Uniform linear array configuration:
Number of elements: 48
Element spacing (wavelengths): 0.25
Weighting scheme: cosine
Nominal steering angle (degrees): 30
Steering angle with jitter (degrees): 31.491
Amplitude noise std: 0.05
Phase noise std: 0.05

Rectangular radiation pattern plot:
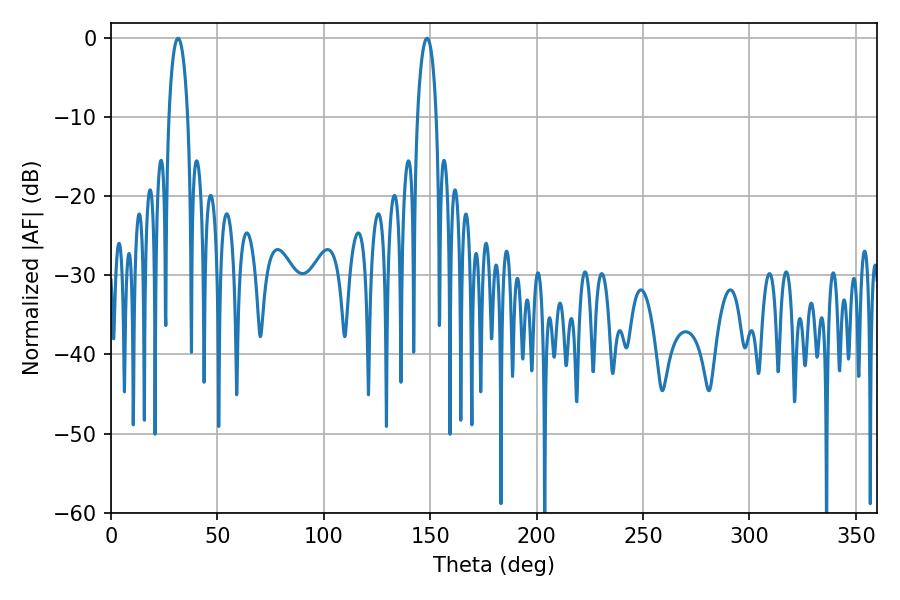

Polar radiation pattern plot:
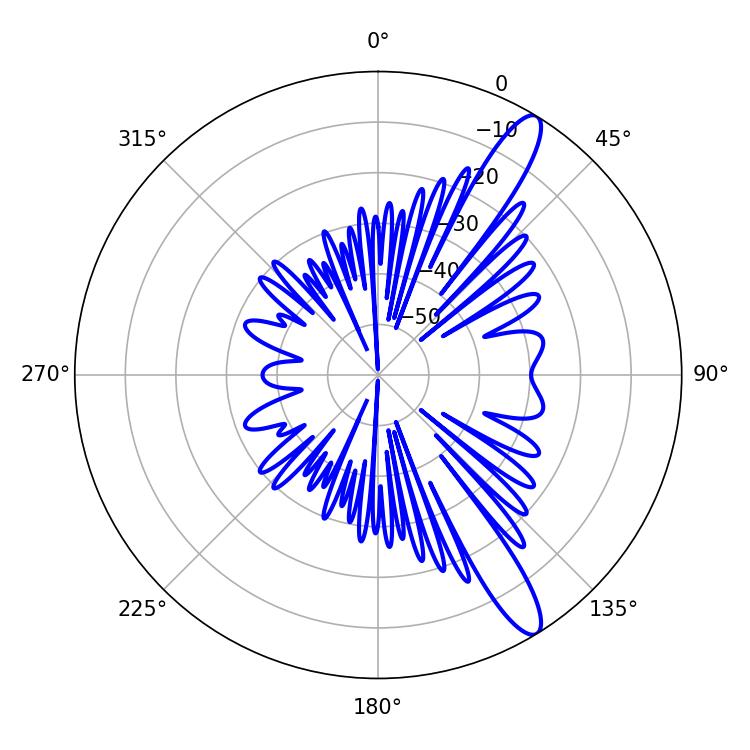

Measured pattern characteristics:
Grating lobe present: FALSE
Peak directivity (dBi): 12.871
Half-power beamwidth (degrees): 5.04
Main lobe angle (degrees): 31.5